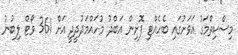
މިސްކިތްމަގު އަވަށުގައި ބެހެއްޓި ފޮށިން އަބްދު މުހައްމަދުދީދީ އަށް 361 ވޯޓް ލިބުނު